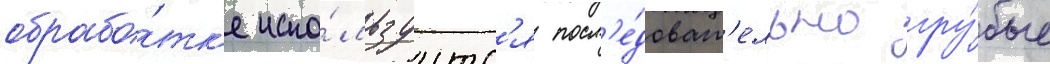
обрабо́тк'е испо́льзуутс'я посл'е́доват'ельно гру́бые